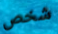
شخص